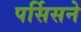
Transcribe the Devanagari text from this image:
पर्सिसने